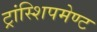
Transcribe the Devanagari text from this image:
ट्रांस्शिपमेण्ट